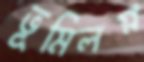
ভূমিলগ্ন